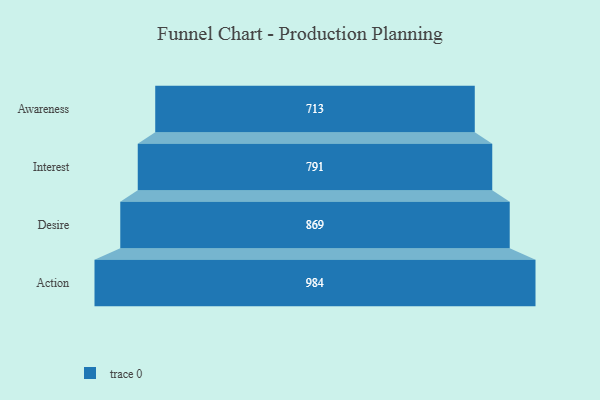
{"axis": {"x": "Stage", "y": "Value"}, "legend": [""], "data": [{"x": "Awareness", "y": 713.0, "type": ""}, {"x": "Interest", "y": 791.0, "type": ""}, {"x": "Desire", "y": 869.0, "type": ""}, {"x": "Action", "y": 984.0, "type": ""}]}